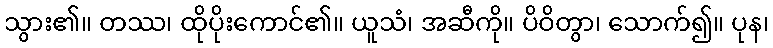
သွား၏။ တဿ၊ ထိုပိုးကောင်၏။ ယူသံ၊ အဆီကို။ ပိဝိတွာ၊ သောက်၍။ ပုန၊